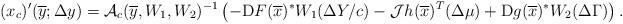
LaTeX: \begin{align*}(x_c)'(\overline y;\Delta y)={\cal A}_c(\overline y,W_1,W_2 )^{-1}\left(-{\rm D}F(\overline x)^* W_1(\Delta Y/c)-{\cal J}h(\overline x)^T (\Delta\mu)+{\rm D}g(\overline x)^*W_2(\Delta\Gamma)\right).\end{align*}